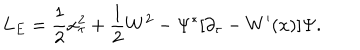
L _ { E } = { \frac { 1 } { 2 } } x _ { \tau } ^ { 2 } + { \frac { 1 } { 2 } } W ^ { 2 } - \Psi ^ { \ast } [ \partial _ { \tau } - W ^ { \prime } ( x ) ] \Psi .